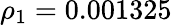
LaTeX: {\rho_{1}}=\mathrm{{0}}\mathrm{{.001325}}